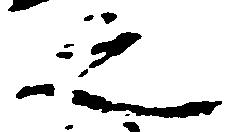
之